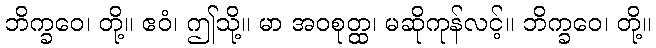
ဘိက္ခဝေ၊ တို့။ ဧဝံ၊ ဤသို့။ မာ အဝစုတ္ထ၊ မဆိုကုန်လင့်။ ဘိက္ခဝေ၊ တို့။